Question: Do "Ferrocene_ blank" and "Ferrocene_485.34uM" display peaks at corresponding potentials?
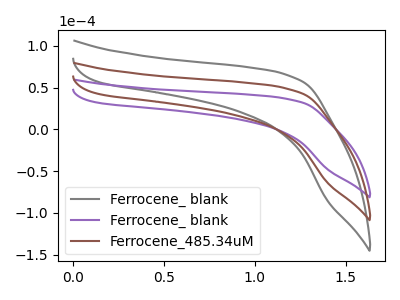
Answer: <think>The gray curve "Ferrocene_ blank" has no peaks. The purple curve "Ferrocene_ blank" has no peaks. The brown curve "Ferrocene_485.34uM" has no peaks.</think>
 <answer>Niether CV has any peaks.</answer>
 <eval>blanks</eval>